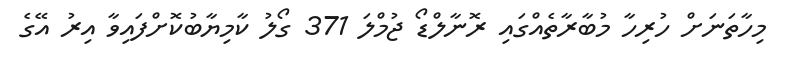
މިހާތަނަށް ހުރިހާ މުބާރާތެއްގައި ރޮނާލްޑޯ ޖުމްލަ 371 ގޯލު ކާމިޔާބުކޮށްފައިވާ އިރު އޭގެ